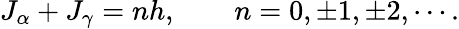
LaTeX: J_{\alpha}+J_{\gamma}=nh,\qquad n=0,\pm 1,\pm 2,\cdots.